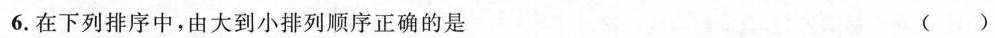
6.在下列排序中，由大到小排列顺序正确的是 ()